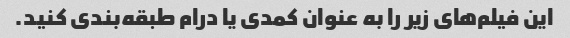
این فیلم‌های زیر را به عنوان کمدی یا درام طبقه‌بندی کنید.